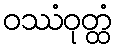
ဝဿံဝုတ္ထံ